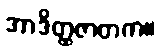
အာဒိတ္ထဇာတက။